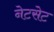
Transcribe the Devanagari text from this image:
नेटसेट